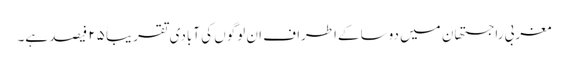
مغربی راجستھان میں دوسا کےاطراف ان لوگوں کی آبادی تقریباً ۲۵ فیصد ہے۔